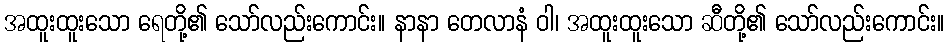
အထူးထူးသော ရေတို့၏ သော်လည်းကောင်း။ နာနာ တေလာနံ ဝါ၊ အထူးထူးသော ဆီတို့၏ သော်လည်းကောင်း။